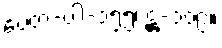
ပေတ-ပါ-၁၅၅၊ ဋ္ဌ-၁၀၉။